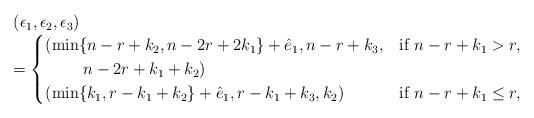
LaTeX: \begin{align*}\begin{array}{l}(\epsilon_1,\epsilon_2,\epsilon_3)\\=\begin{cases}(\min\{n-r+k_2,n-2r+2k_1\}+\hat e_1, n-r+k_3, & \mbox{if~} n-r+k_1>r,\\~~~~~~~n-2r+k_1+k_2)&\\(\min\{k_1, r-k_1+k_2\}+\hat e_1, r-k_1+k_3, k_2) & \mbox{if~} n-r+k_1\le r,\end{cases}\end{array}\end{align*}